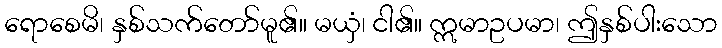
ရောစေမိ၊ နှစ်သက်တော်မူ၏။ မယှံ၊ ငါ၏။ ဣမာဥပမာ၊ ဤနှစ်ပါးသော